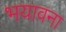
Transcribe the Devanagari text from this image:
भयावना